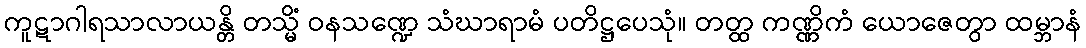
ကူဋာဂါရသာလာယန္တိ တသ္မိံ ဝနသဏ္ဍေ သံဃာရာမံ ပတိဋ္ဌပေသုံ။ တတ္ထ ကဏ္ဏိကံ ယောဇေတွာ ထမ္ဘာနံ